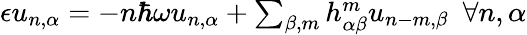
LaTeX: \begin{array}{r}{\epsilon u_{n,\alpha}=-n\hbar\omega u_{n,\alpha}+\sum_{\beta,m}h_{\alpha\beta}^{m}u_{n-m,\beta}~~\forall n,\alpha}\end{array}